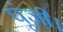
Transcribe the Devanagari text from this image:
पूंजी।